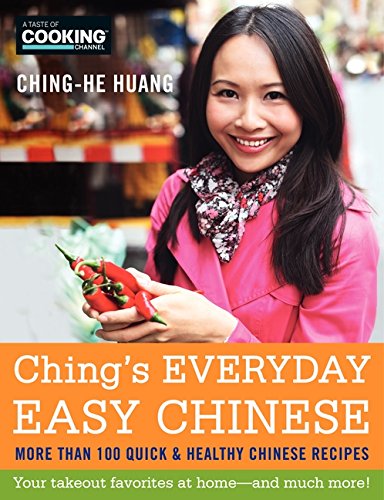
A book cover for Ching's Everyday Easy Chinese: More Than 100 Quick & Healthy Chinese Recipes; Ching-He Huang; Cookbooks, Food & Wine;